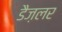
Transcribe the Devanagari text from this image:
डैज़लर